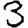
Digit: 3